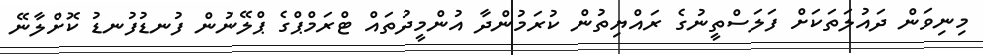
މިނިވަން ދައުލަތަކަށް ފަލަސްތީނުގެ ރައްޔިތުން ކުރަމުންދާ އުންމީދުތައް ޓްރަމްޕްގެ ޕްލޭނުން ފުނޑުފުނޑު ކޮށްލާނޭ